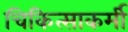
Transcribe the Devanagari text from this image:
चिकित्साकर्मी